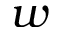
w